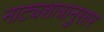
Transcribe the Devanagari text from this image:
नाट्यशात्रानुसार